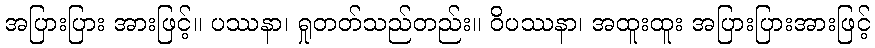
အပြားပြား အားဖြင့်။ ပဿနာ၊ ရှုတတ်သည်တည်း။ ဝိပဿနာ၊ အထူးထူး အပြားပြားအားဖြင့်